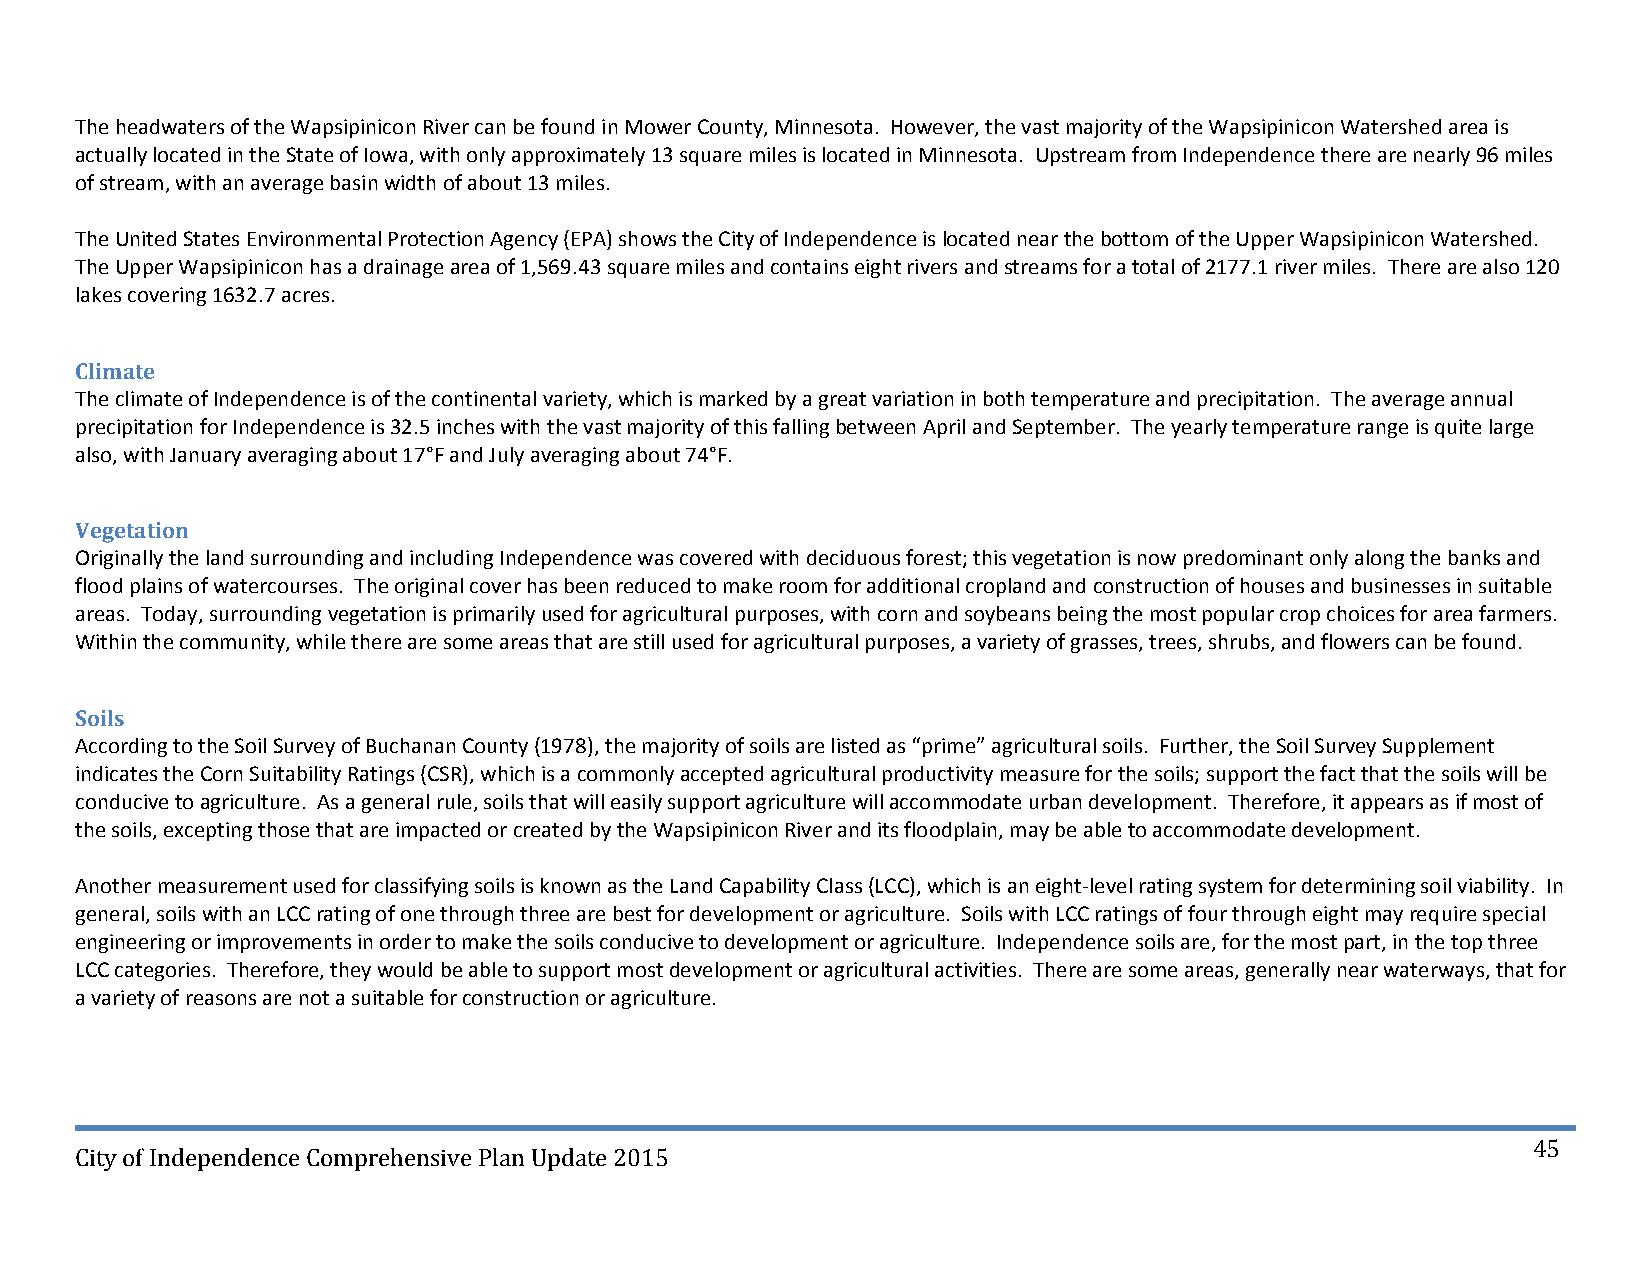
The headwaters of the Wapsipinicon River can be found in Mower County, Minnesota. However, the vast majority of the Wapsipinicon Watershed area is
 actually located in the State of Iowa, with only approximately 13 square miles is located in Minnesota. Upstream from Independence there are nearly 96 miles
 of stream, with an average basin width of about 13 miles.
 The United States Environmental Protection Agency (EPA) shows the City of Independence is located near the bottom of the Upper Wapsipinicon Watershed.
 The Upper Wapsipinicon has a drainage area of 1,569.43 square miles and contains eight rivers and streams for a total of 2177.1 river miles. There are also 120
 lakes covering 1632.7 acres.
 Climate
 The climate of Independence is of the continental variety, which is marked by a great variation in both temperature and precipitation. The average annual
 precipitation for Independence is 32.5 inches with the vast majority of this falling between April and September. The yearly temperature range is quite large
 also, with January averaging about 17°F and July averaging about 74°F.
 Vegetation
 Originally the land surrounding and including Independence was covered with deciduous forest; this vegetation is now predominant only along the banks and
 flood plains of watercourses. The original cover has been reduced to make room for additional cropland and construction of houses and businesses in suitable
 areas. Today, surrounding vegetation is primarily used for agricultural purposes, with corn and soybeans being the most popular crop choices for area farmers.
 Within the community, while there are some areas that are still used for agricultural purposes, a variety of grasses, trees, shrubs, and flowers can be found.
 Soils
 According to the Soil Survey of Buchanan County (1978), the majority of soils are listed as “prime” agricultural soils. Further, the Soil Survey Supplement
 indicates the Corn Suitability Ratings (CSR), which is a commonly accepted agricultural productivity measure for the soils; support the fact that the soils will be
 conducive to agriculture. As a general rule, soils that will easily support agriculture will accommodate urban development. Therefore, it appears as if most of
 the soils, excepting those that are impacted or created by the Wapsipinicon River and its floodplain, may be able to accommodate development.
 Another measurement used for classifying soils is known as the Land Capability Class (LCC), which is an eight‐level rating system for determining soil viability. In
 general, soils with an LCC rating of one through three are best for development or agriculture. Soils with LCC ratings of four through eight may require special
 engineering or improvements in order to make the soils conducive to development or agriculture. Independence soils are, for the most part, in the top three
 LCC categories. Therefore, they would be able to support most development or agricultural activities. There are some areas, generally near waterways, that for
 a variety of reasons are not a suitable for construction or agriculture.
 45
 City of Independence Comprehensive Plan Update 2015